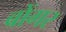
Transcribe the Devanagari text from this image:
बोंगर